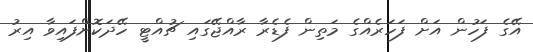
އޭގެ ފަހުން އަށް ފަހަރެއްގެ މަތިން ފެޑެރާ ރާއްޖޭގައި ޗުއްޓީ ހޭދަކޮށްފައިވާ އިރު